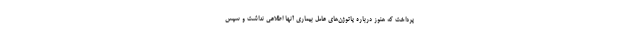
پرداخت که هنوز درباره پاتوژن‌های عامل بیماری آنها اطلاعی نداشت و سپس